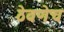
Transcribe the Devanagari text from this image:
ठेवणेच